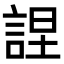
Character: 𧨚